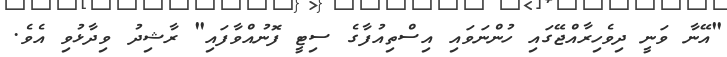
"އޭނާ ވަނީ ދިވެހިރާއްޖޭގައި ހުންނަވައި އިސްތިއުފާގެ ސިޓީ ފޮނުއްވާފައި" ރާޝިދު ވިދާޅުވި އެވެ.